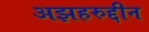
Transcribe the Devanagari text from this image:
अझहरुद्दीन